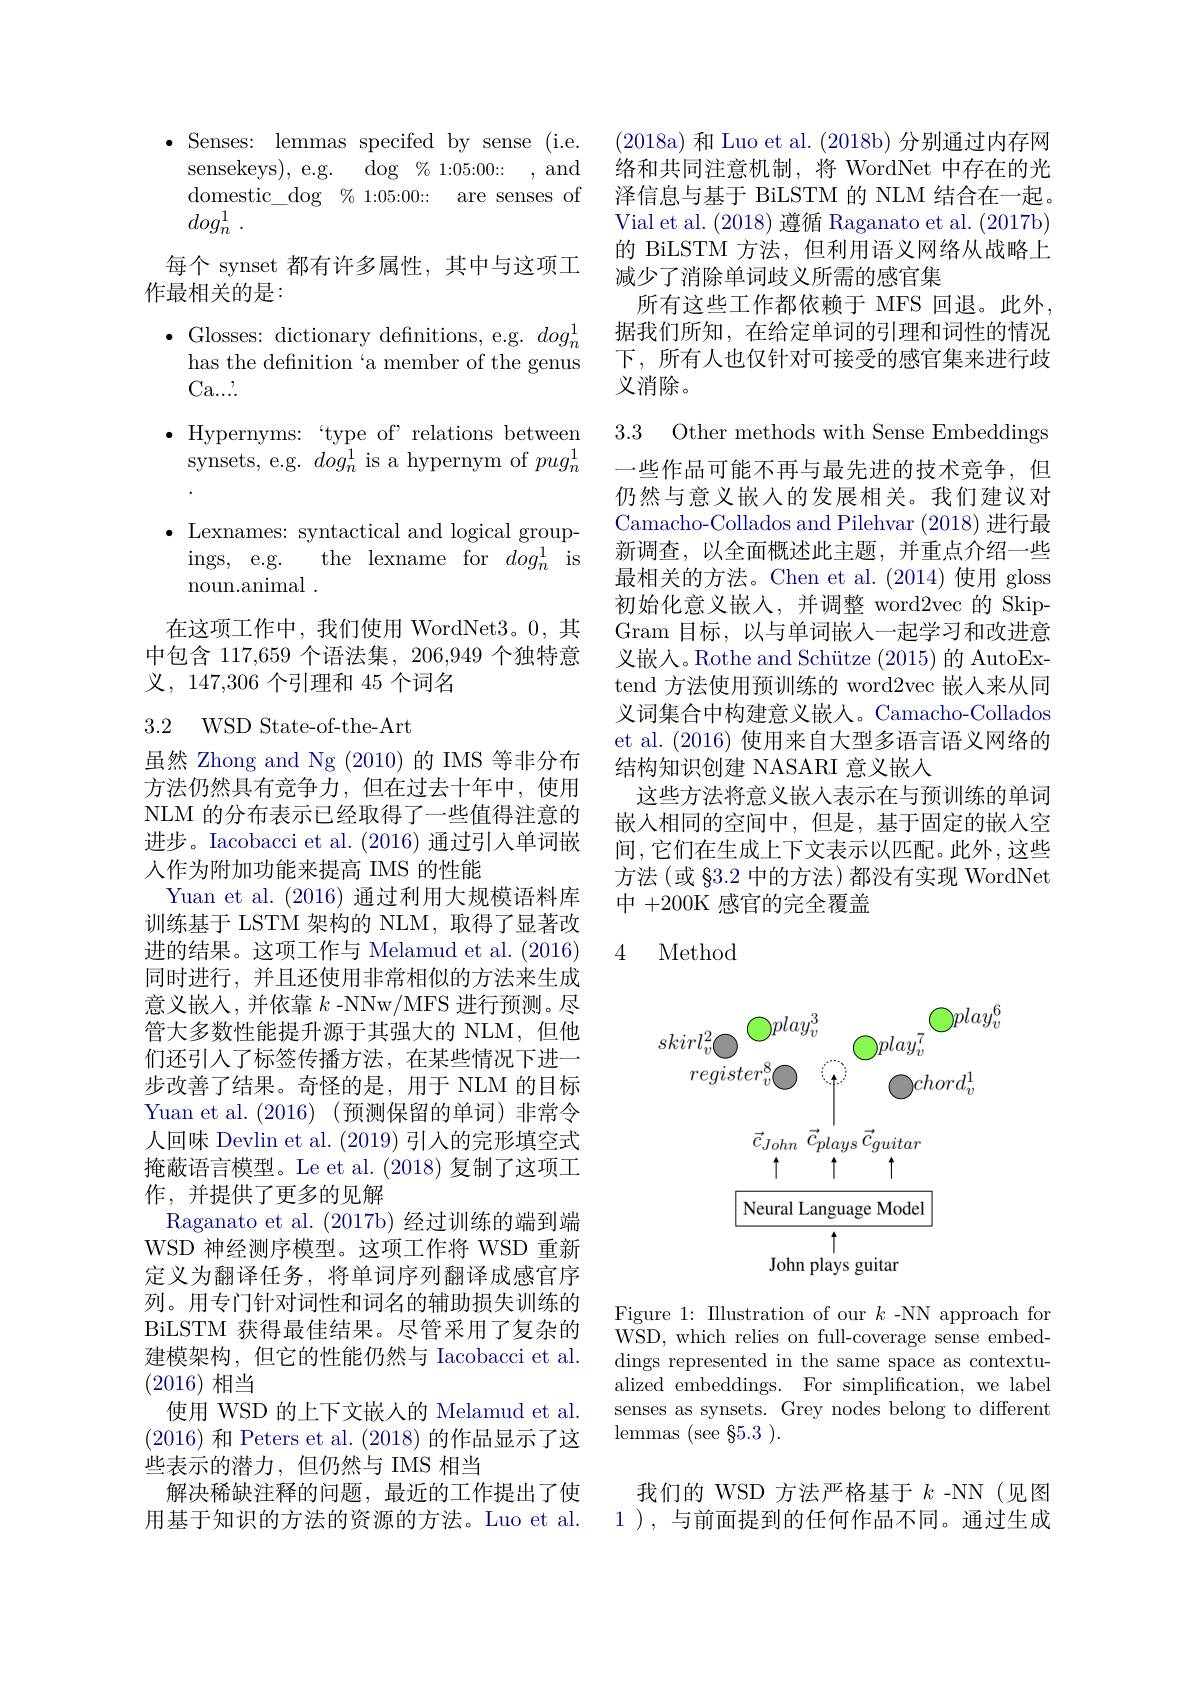
(2018a) 和 Luo et al. (2018b) 分别通过内存网络和共同注意机制，将 WordNet 中存在的光泽信息与基于 BiLSTM 的 NLM 结合在一起。Vial et al. (2018) 遵循 Raganato et al. (2017b) 的 BiLSTM 方法，但利用语义网络从战略上减少了消除单词歧义所需的感官集
所有这些工作都依赖于 MFS 回退。此外， 据我们所知，在给定单词的引理和词性的情况下，所有人也仅针对可接受的感官集来进行歧义消除。

$\bullet$Senses: lemmas specifed by sense (i.e.
sensekeys),e.g.
$\deg \% 1: 05: 00: :$ and
domestic\_dog $\% 1: 05: 00:$ are senses of
$dog_n^1$ .
每个 synset 都有许多属性，其中与这项工
作最相关的是：
$\bullet$ Glosses: dictionary defnitions, e.g. $dog_n^1$
has the definition‘a member of the genus
Ca. . . . ,
$\bullet$ Hypernyms: “type of” relations between
synsets, e.g. $dog_n^1$ is a hypernym of $pug_n^1$ $\bullet$ Lexnames: syntactical and logical groupings, e.g.
the lexname for $dog_n^1$ is
noun.animal .
在这项工作中，我们使用 WordNet3。0,其

中包含 117,659 个语法集，206,949 个独特意
义，147,306 个引理和 45 个词名

## 3.2 WSD State-of-the-Art

虽然 Zhong and Ng (2010) 的 IMS 等非分布方法仍然具有竞争力，但在过去十年中，使用NLM 的分布表示已经取得了一些值得注意的进步。Iacobacci et al. (2016)通过引入单词嵌人作为附加功能来提高 IMS 的性能
Yuan et al. (2016)通过利用大规模语料库训练基于 LSTM 架构的 NLM, 取得了显著改进的结果。这项工作与 Melamud et al. (2016) 同时进行，并且还使用非常相似的方法来生成意义嵌入，并依靠$k$ -NNw/MFS 进行预测。尽管大多数性能提升源于其强大的 NLM,但他们还引入了标签传播方法，在某些情况下进一步改善了结果。奇怪的是，用于 NLM 的目标Yuan et al. (2016) (预测保留的单词) 非常令人回味 Devlin et al. (2019)引入的完形填空式掩蔽语言模型。Le et al. (2018) 复制了这项工作，并提供了更多的见解
Raganato et al. (2017b) 经过训练的端到端WSD 神经测序模型。这项工作将 WSD 重新定义为翻译任务，将单词序列翻译成感官序列。用专门针对词性和词名的辅助损失训练的BiLSTM 获得最佳结果。尽管采用了复杂的建模架构，但它的性能仍然与 Iacobacci et al. (2016)相当
使用 WSD 的上下文嵌人的 Melamud et al. (2016)和 Peters et al. (2018)的作品显示了这些表示的潜力，但仍然与 IMS 相当
解决稀缺注释的问题，最近的工作提出了使用基于知识的方法的资源的方法。Luo et al.

3.3 Other methods with Sense Embeddings 一些作品可能不再与最先进的技术竞争，但仍然与意义嵌入的发展相关。我们建议对Camacho-Collados and Pilehvar (2018)进行最新调查，以全面概述此主题，并重点介绍一些最相关的方法。Chen et al.(2014) 使用 gloss 初始化意义嵌人，并调整 word2vec 的 SkipGram 目标，以与单词嵌人一起学习和改进意义嵌人。Rothe and Schütze (2015)的 AutoExtend 方法使用预训练的 word2vec 嵌入来从同义词集合中构建意义嵌人。Camacho-Collados et al. (2016)使用来自大型多语言语义网络的结构知识创建 NASARI 意义嵌入
这些方法将意义嵌入表示在与预训练的单词嵌入相同的空间中，但是，基于固定的嵌入空间，它们在生成上下文表示以匹配。此外，这些方法(或$\S3.2$中的方法)都没有实现 WordNet 中+200K 感官的完全覆盖

## 4 Method

<FigureHere>

Figure 1: Illustration of our $k$ -NN approach for $\bar{\mathrm{WSD,which~relies~on~full-coverage~sense~embed-}}$ dings represented in the same space as contextualized embeddings. For simplification, we label senses as synsets. Grey nodes belong to different lemmas (see $\S5.3).$

我们的 WSD 方法严格基于$k$ -NN(见图1 ),与前面提到的任何作品不同。通过生成